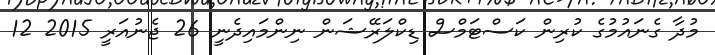
މުދާ ގެނައުމުގެ ކުރިން ކަސްޓަމްސް ޑިކްލަރޭޝަން ނިންމައިދެނީ 26 ޖެނުއަރީ 2015 12